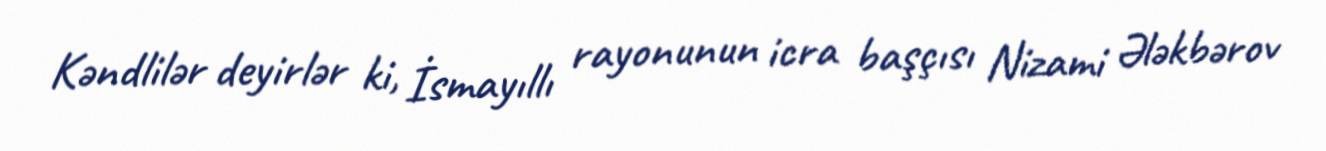
Kəndlilər deyirlər ki, İsmayıllı rayonunun icra başçısı Nizami Ələkbərov